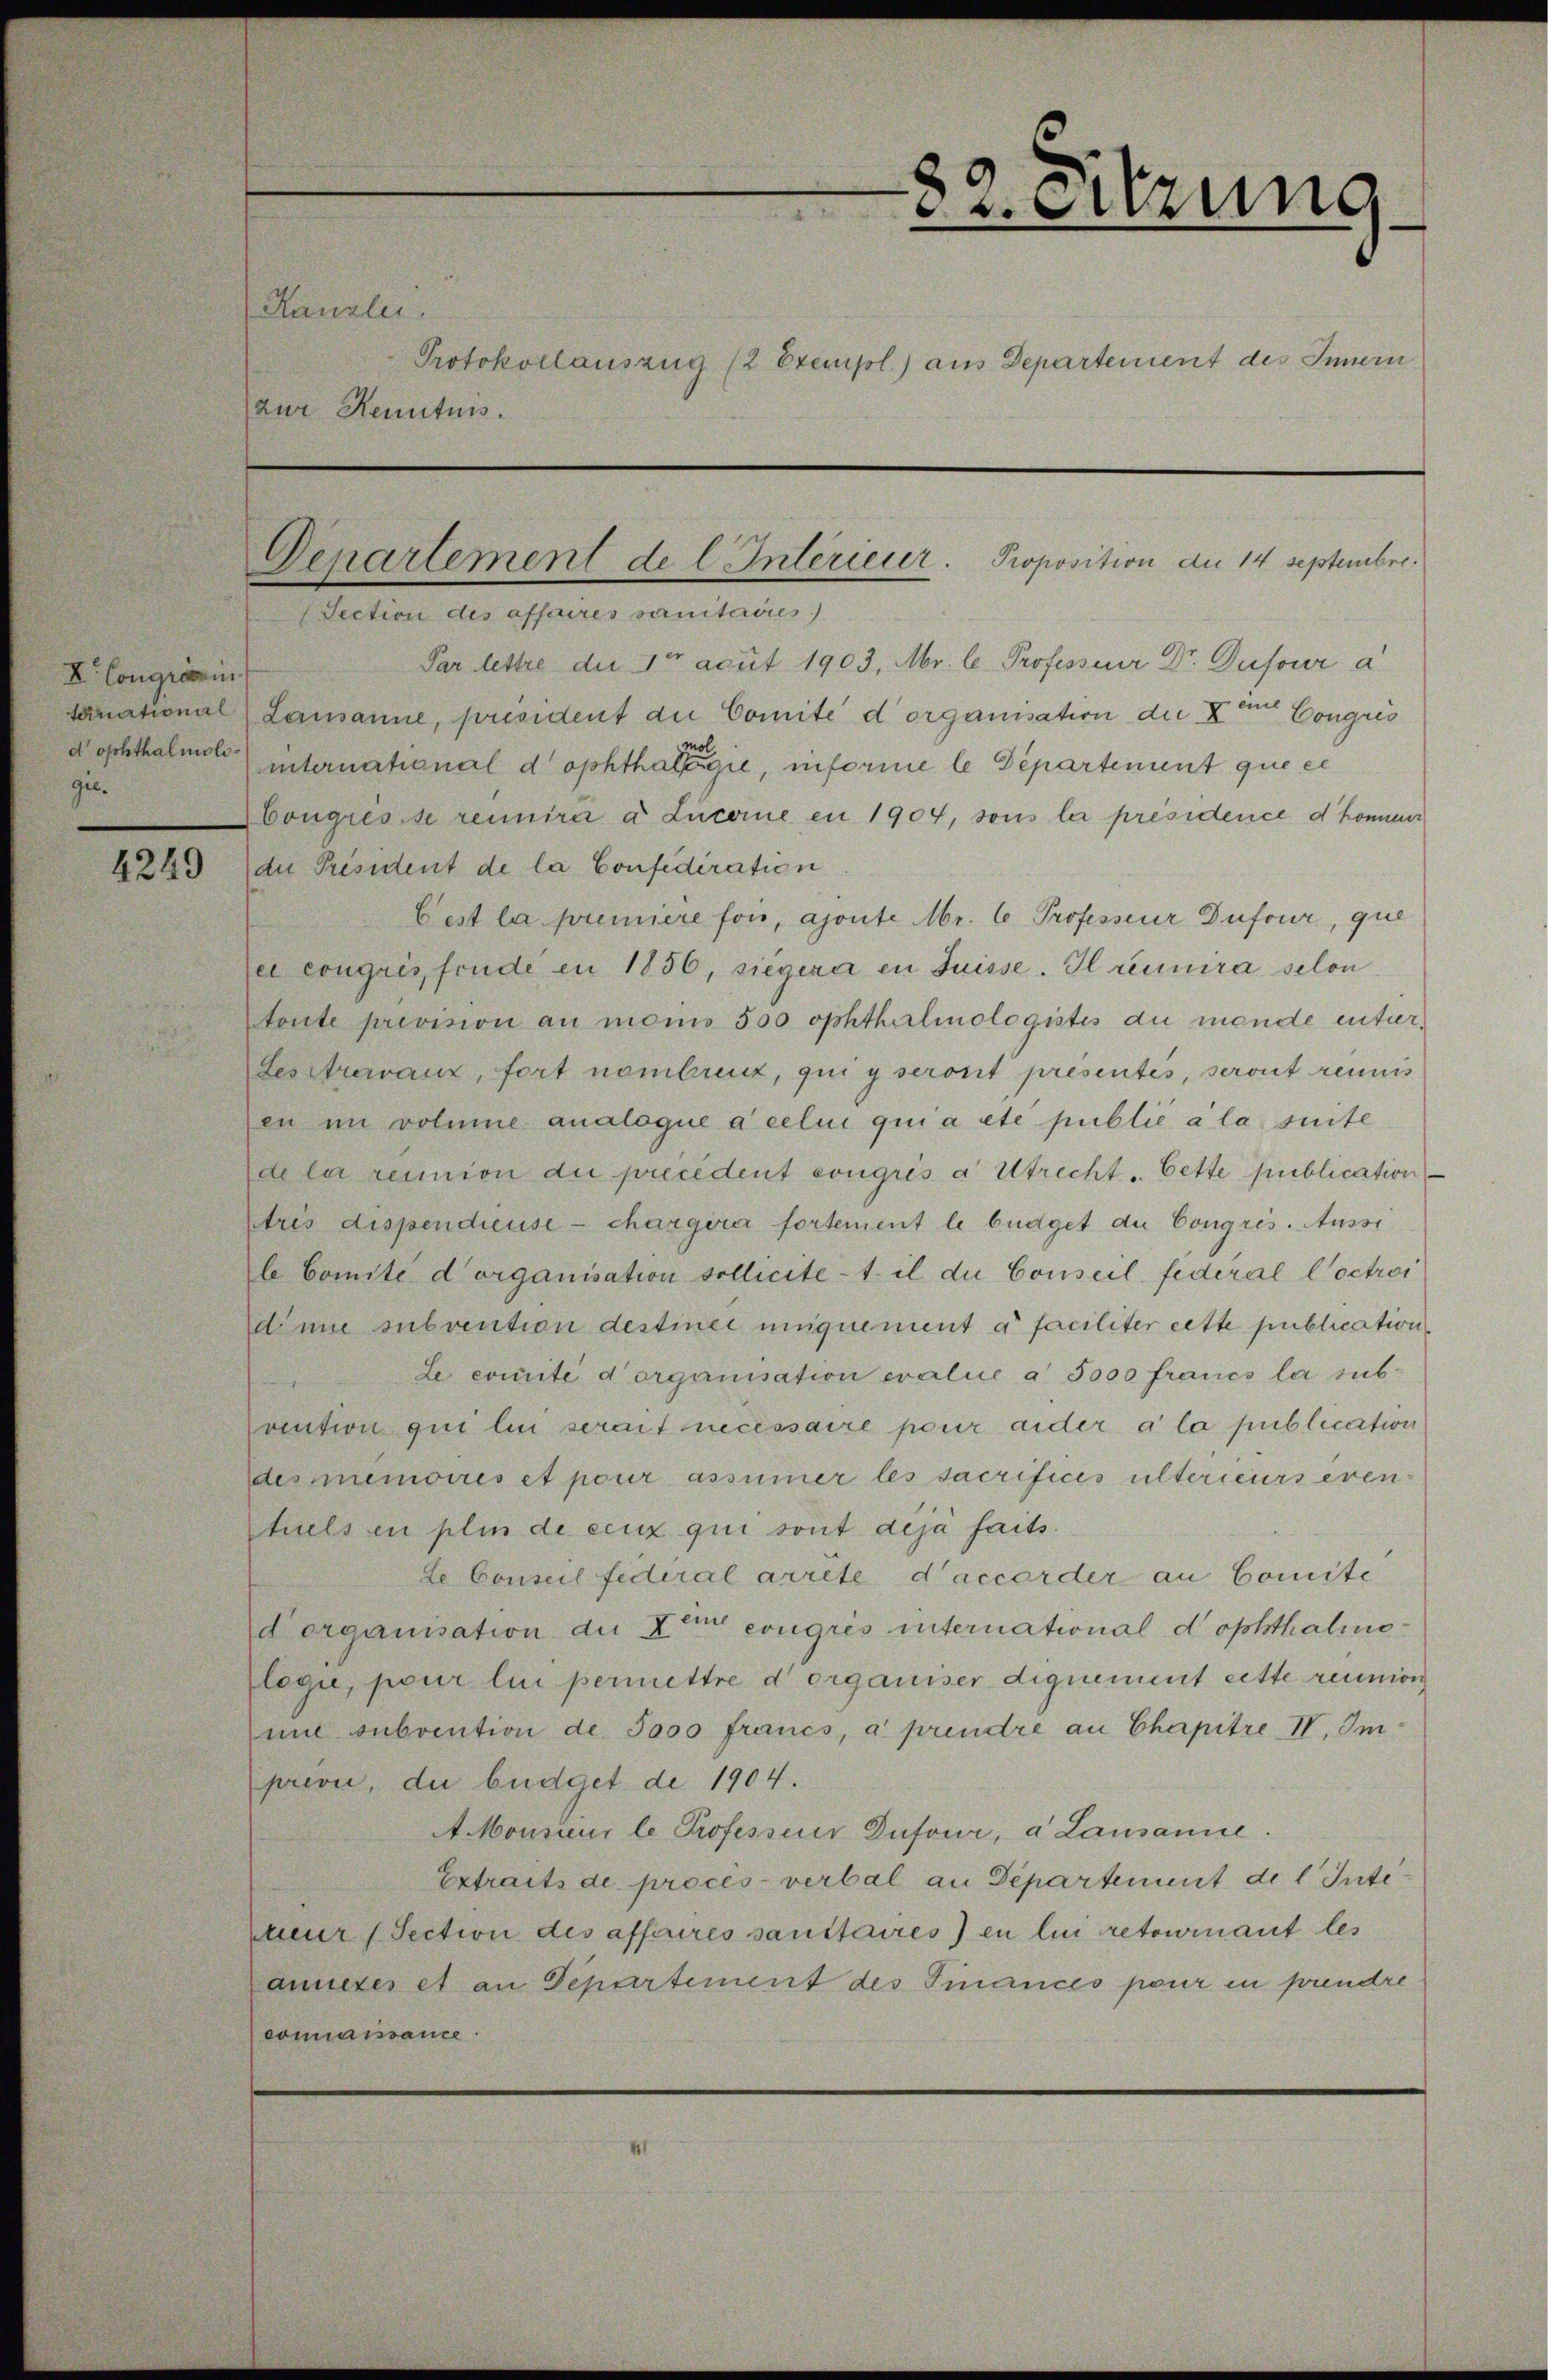
82. Sitzung
Kanzlei.
Protokollauszug (2 Exempl.) ans Departement des Innern
zur Kenntnis.
Département de l'Intérieur. Proposition du 14 septembre.
(Section des affaires sanitaires)
Par lettre du 1er août 1903, Mr. le Professeur Dr. Dufour à
Lausanne, président du Comité d'organisation du Xème Congrès
international d'ophthalmologie, informe le Département que ce
Congrès se réunira à Lucerne en 1904, sous la présidence d'honneur
du Président de la Confédération.
C'est la première fois, ajoute Mr. le Professeur Dufour, que
 ce congrès, fondé en 1856, siégera en Suisse. Il réunira selon
toute prévision au moins 500 ophthalmologistes du monde entier.
Les travaux, fort nombreux, qui y seront présentés, seront réunis
en un volume analogue à celui qui a été publié à la suite
de la réunion du précédent congrès à Utrecht. Cette publication —
très dispendieuse — chargera fortement le budget du Congrès. Aussi
le Comité d'organisation sollicite-t-il du Conseil fédéral l'octroi
d'une subvention destinée uniquement à faciliter cette publication.
Le comité d'organisation evalue à 5000 francs la sub¬
vention qui lui serait nécessaire pour aider à la publication
des mémoires et pour assumer les sacrifices ultérieurs éven¬
tuels en plus de ceux qui sont déjà faits.
Le Conseil fédéral arrête d'accorder au Comité
d'organisation du Xème congrès international d'ophthalmo¬
logie, pour lui permettre d'organiser dignement cette réunion,
une subvention de 5000 francs, à prendre au Chapitre IV, Im¬
prévu, du budget de 1904.
A Monsieur le Professeur Dufour, à Lausanne.
Extraits de procès-verbal au Département de l'Inté¬
rieur (Section des affaires sanitaires) en lui retournant les
annexes et au Département des Finances pour en prendre
connaissance.

Xe Congrès in¬
ternational
d'ophthalmolo¬
gie.
4249